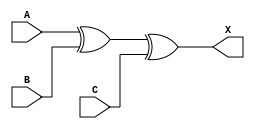
module sky130_fd_sc_hd__xor3_3 (
    X,
    A,
    B,
    C
);
    output X;
    input  A;
    input  B;
    input  C;
    wire xor0_out_X;
    xor xor0 (xor0_out_X, A, B, C        );
    buf buf0 (X         , xor0_out_X     );
endmodule